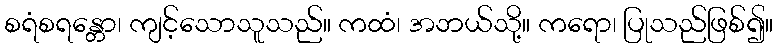
စရံစရန္တော၊ ကျင့်သောသူသည်။ ကထံ၊ အဘယ်သို့။ ကရော၊ ပြုသည်ဖြစ်၍။